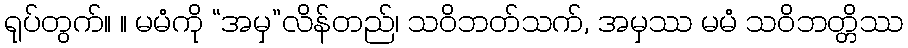
ရုပ်တွက်။ ။ မမံကို “အမှ”လိန်တည်၊ သဝိဘတ်သက်, အမှဿ မမံ သဝိဘတ္တိဿ